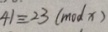
4 1 \equiv 2 3 ( m o d x )